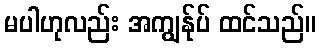
မပါဟုလည်း အကျွန်ုပ် ထင်သည်။